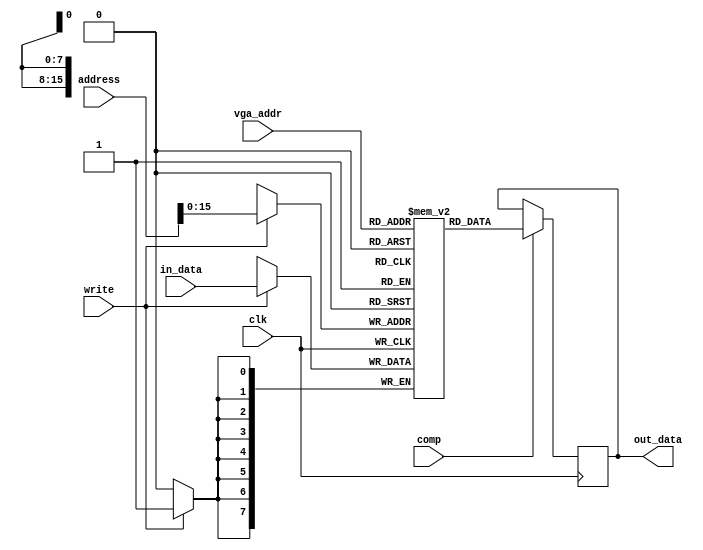
`timescale 1ns / 1ps

module destination_mem(clk,write,address,in_data,comp,vga_addr,out_data);
input clk,write;
input [17:0] address;
input [7:0]in_data;
input comp;
input [15:0] vga_addr;
output reg [7:0] out_data;

 (* RAM_STYLE="BLOCK" *)
 reg [7:0] store_mem [65535:0];
      
always @ (posedge clk) begin
       if(comp)
            out_data <= store_mem[vga_addr];
       if(write)
            store_mem[address] <= in_data; 
end

endmodule